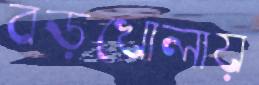
বড়খোলায়